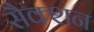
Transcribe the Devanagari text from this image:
सैक्शन